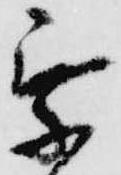
乗